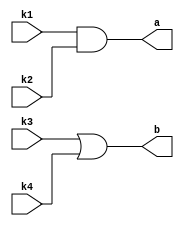
// This program was cloned from: https://github.com/michaelliao/learn-verilog
// License: GNU General Public License v3.0

// AND/OR gate controlled by keys.

module led(
    input k1,
    input k2,
    input k3,
    input k4,
    output a,
    output b
);
    assign a = k1 & k2;
    assign b = k3 | k4;
endmodule